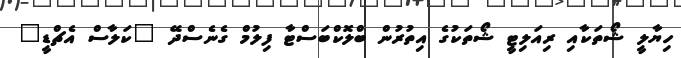
ހިޔާލީ ޝޯތަކާއި ރިއަލިޓީ ޝޯތަކުގެ އިތުރުން ބްލޮކްބަސްޓާ ފިލުމް ގެނެސްދޭ "ކަލާސް އެޗްޑީ"